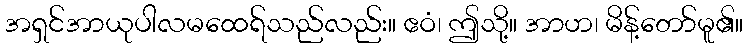
အရှင်အာယုပါလမထေရ်သည်လည်း။ ဧဝံ၊ ဤသို့။ အာဟ၊ မိန့်တော်မူ၏။